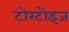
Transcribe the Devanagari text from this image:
टोरटोइज